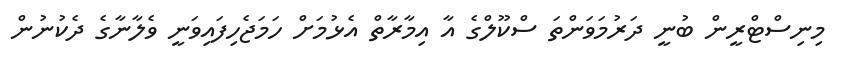
މިނިސްޓްރީން ބުނީ ދަރުމަވަންތަ ސްކޫލްގެ އާ އިމާރާތް އެޅުމަށް ހަމަޖެހިފައިވަނީ ވެލާނާގެ ދެކުނުން